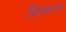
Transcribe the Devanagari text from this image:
विस्तरर